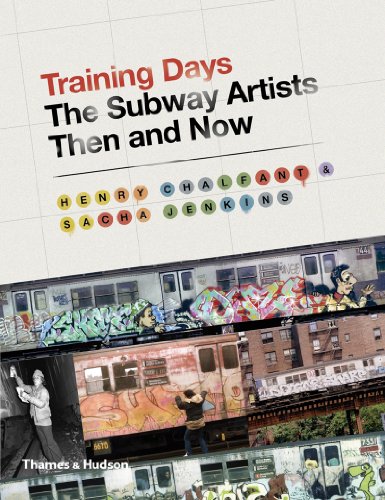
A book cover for Training Days: The Subway Artists Then and Now; Henry Chalfant; Arts & Photography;